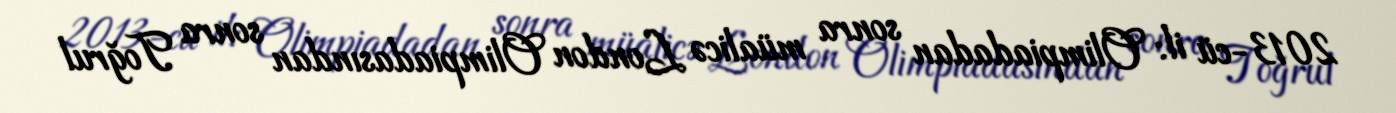
2013-cü il: Olimpiadadan sonra müalicə London Olimpiadasından sonra Toğrul